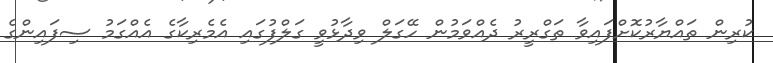
ކުރިން ތައްޔާރުކޮށްފައިވާ ތަގްރީރު ދެއްވަމުން ހޭގަލް ވިދާޅުވީ ގަލްފުގައި އެމެރިކާގެ އެއްގަމު ސިފައިންގެ